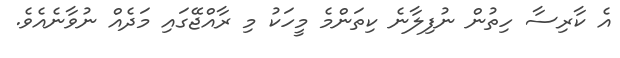
އެ ކާރިސާ ހިތުން ނުފިލާނެ ކިތަންމެ މީހަކު މި ރާއްޖޭގައި މަދެއް ނުވާނެއެވެ.